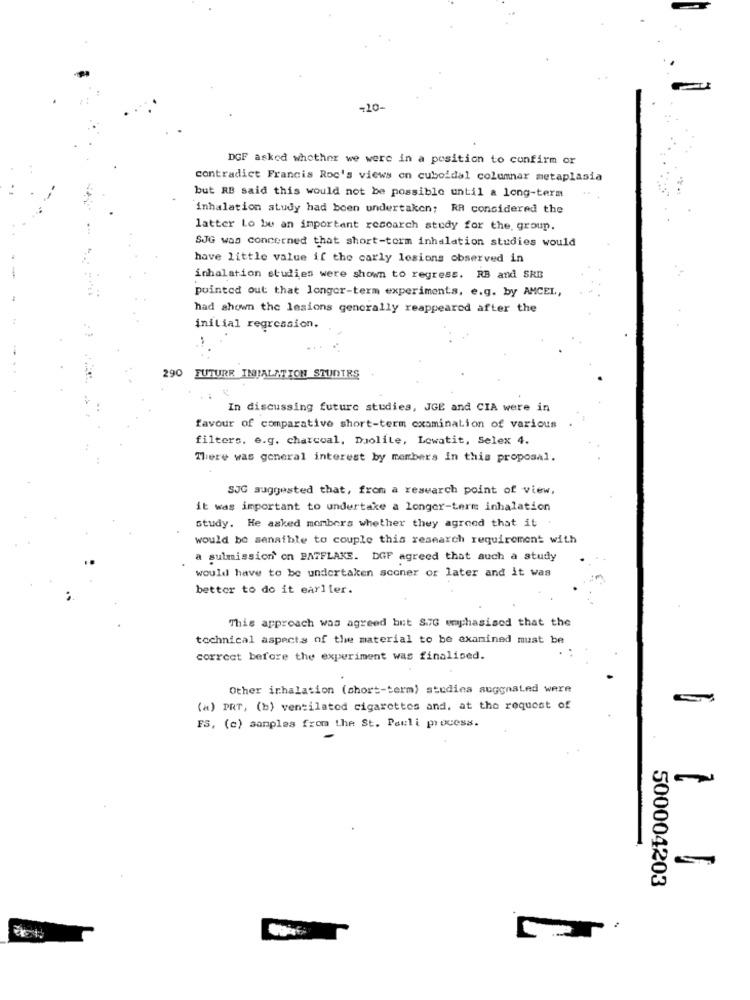
-10-
DGF asked whether we were in a position to confirm or
contradict Francis Roc's views on cuboidal columnar metaplasia
but RB said this would not be possible until a long-term
inhalation study had been undertaken; RR considered the
latter Lo be an important research study for the, group.
SJG was concerned that short-torm inhalation studies would
have little value if the carly lesions observed in
inhalation studies were shown to regress. RB and SRB
pointed out that longer-term experiments, e.g. by AMCEL,
had shown the lesions generally reappeared after the
initial regression.
290 FUTURE INJALATION STUNTRS
In discussing future studies, JGE and CIA were in
favour of comparative short-term examination of various
filters. e.g. charcoal, Duolite, Lewatit, Selex 4.
There was general interest by members in this proposal.
SJG suggested that, from a research point of view,
it was important to undertake a longer-term inhalation
study. He asked members whether they agreed that it
would be senatble to couple this research requirement with
a sulmission on BATFLAKE. DGF agreed that auch a study
would have to be undertaken sconer or later and it was
better to do it earlier.
This approach was agreed but S.7G emphasisod that the
technical aspects of the material to be examined must be
correct before the experiment was finalised.
Other inhalation (short-term) studina auggnated were
(a) PRT, (b) ventilatod cigarettes and, at the request of
FS, (c) samples from the St. Pauli process.
500004203